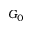
G _ { 0 }